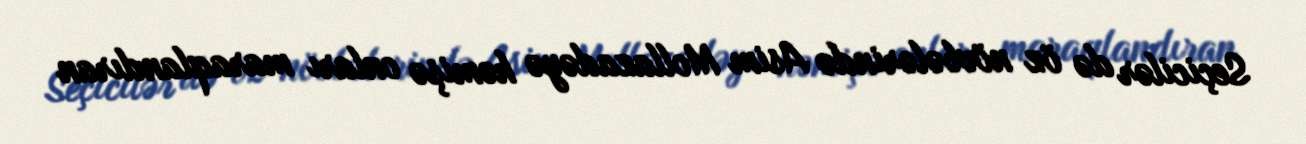
Seçicilər də öz növbələrində Asim Mollazadəyə həmişə onları maraqlandıran